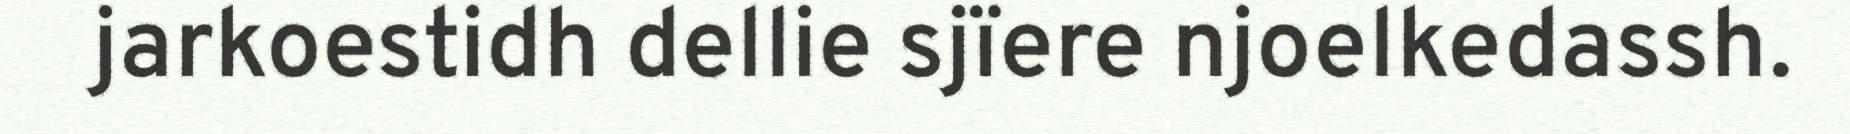
jarkoestidh dellie sjïere njoelkedassh.